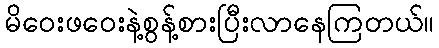
မိဝေးဖဝေးနဲ့စွန့်စားပြီးလာနေကြတယ်။